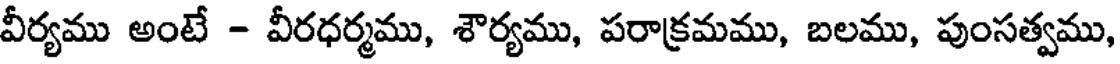
వీర్యము అంటే - వీరధర్మము, శౌర్యము, పరాక్రమము, బలము, పుంసత్వము,